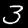
Label: 3